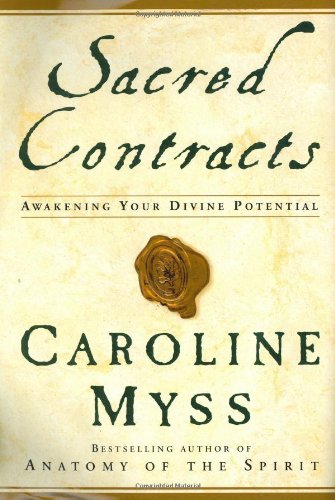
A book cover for Sacred Contracts: Awakening Your Divine Potential; Caroline Myss; Self-Help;